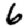
Digit: 6